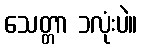
သေတ္တာ ၁လုံးပဲ။